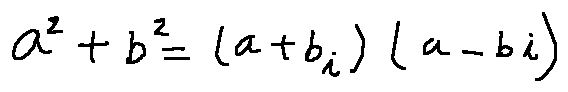
a ^ { 2 } + b ^ { 2 } = ( a + b i ) ( a - b i )